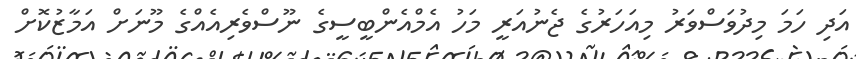
އަދި ހަމަ މިދުވަސްވަރު މިއަހަރުގެ ޖެނުއަރީ މަހު އެމްއެންބީސީގެ ނޫސްވެރިއެއްގެ މޫނަށް އަމާޒުކޮށް